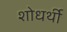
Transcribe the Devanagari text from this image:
शोधर्थी